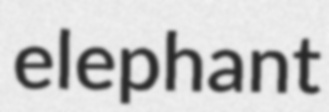
elephant